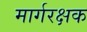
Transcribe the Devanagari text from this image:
मार्गरक्षक